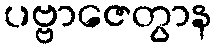
ပဗ္ဗာဇေတွာန